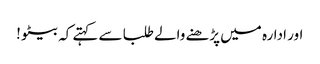
اور ادارہ میں پڑھنے والے طلبا سے کہتے کہ بیٹو !